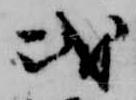
或